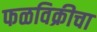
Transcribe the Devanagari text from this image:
फळविक्रीचा